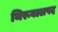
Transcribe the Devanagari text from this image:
थिरूवल्लपद